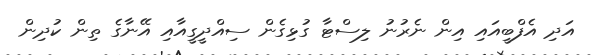
އަދި އެފްބީއައި އިން ނެރުނު ލިސްޓާ ގުޅިގެން ސިއްދީގީއާއި އޭނާގެ ތިން ކުދިން